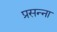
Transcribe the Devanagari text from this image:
प्रसन्‍ना